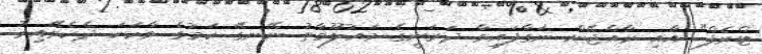
ޓްރެފް" އާއި ރާއްޖޭން ނަގާފައިވާ ދަރަނީގެ މައުލޫމާތު ނޭނގޭ ކަމުގެ ވާހަކަ ދެކެވޭއިރު